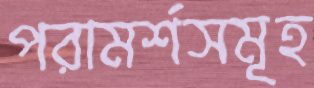
পরামর্শসমূহ